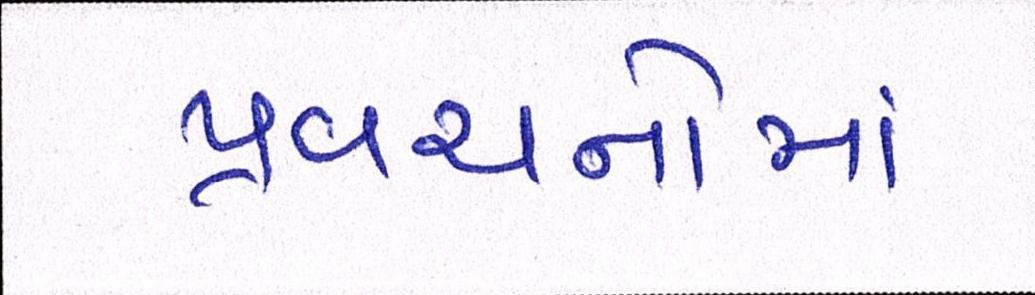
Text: પ્રવચનોમાં